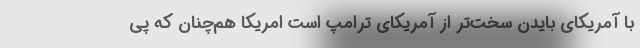
با آمریکای بایدن سخت‌تر از آمریکای ترامپ است امریکا هم‌چنان که پی